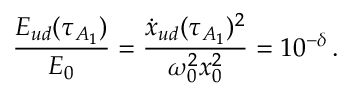
\frac { E _ { u d } ( \tau _ { A _ { 1 } } ) } { E _ { 0 } } = \frac { \dot { x } _ { u d } ( \tau _ { A _ { 1 } } ) ^ { 2 } } { \omega _ { 0 } ^ { 2 } x _ { 0 } ^ { 2 } } = 1 0 ^ { - \delta } \, .